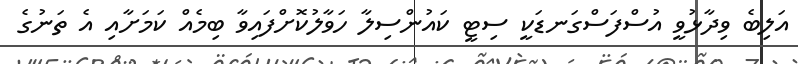
އަލިބެ ވިދާޅުވީ އުސްފަސްގަނޑަކީ ސިޓީ ކައުންސިލާ ހަވާލުކޮށްފައިވާ ބިމެއް ކަމަށާއި އެ ތަނުގެ